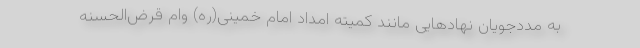
به مددجویان نهادهایی مانند کمیته امداد امام خمینی(ره) وام‌ قرض‌الحسنه